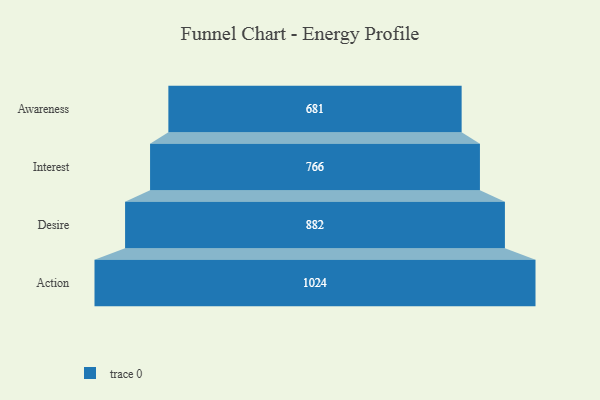
{"axis": {"x": "Stage", "y": "Value"}, "legend": [""], "data": [{"x": "Awareness", "y": 681.0, "type": ""}, {"x": "Interest", "y": 766.0, "type": ""}, {"x": "Desire", "y": 882.0, "type": ""}, {"x": "Action", "y": 1024.0, "type": ""}]}